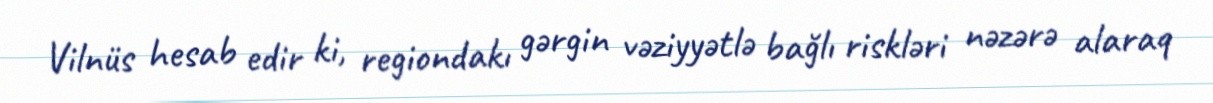
Vilnüs hesab edir ki, regiondakı gərgin vəziyyətlə bağlı riskləri nəzərə alaraq